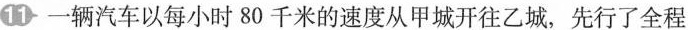
11 一辆汽车以每小时80千米的速度从甲城开往乙城，先行了全程